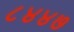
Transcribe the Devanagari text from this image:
८४४७